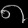
Digit: ၈